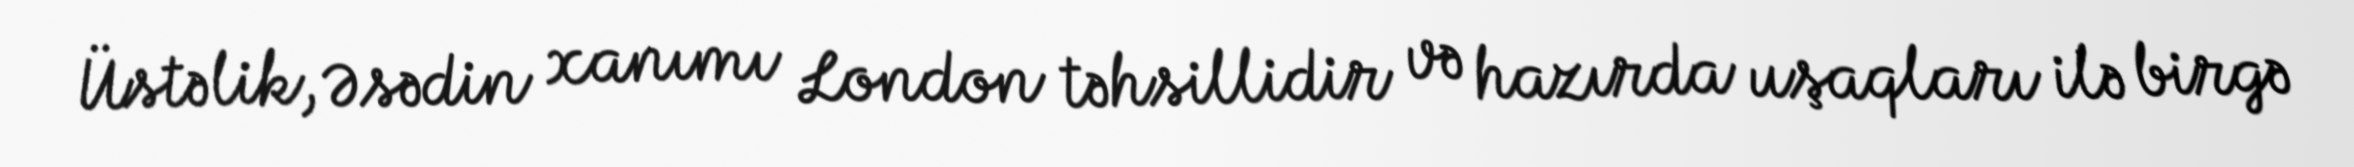
Üstəlik, Əsədin xanımı London təhsillidir və hazırda uşaqları ilə birgə